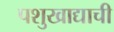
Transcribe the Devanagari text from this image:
पशुखाद्याची